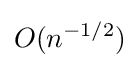
O(n^{-1/2})